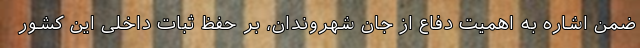
ضمن اشاره به اهمیت دفاع از جان شهروندان، بر حفظ ثبات داخلی این کشور